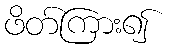
ဖိတ်ကြား၍